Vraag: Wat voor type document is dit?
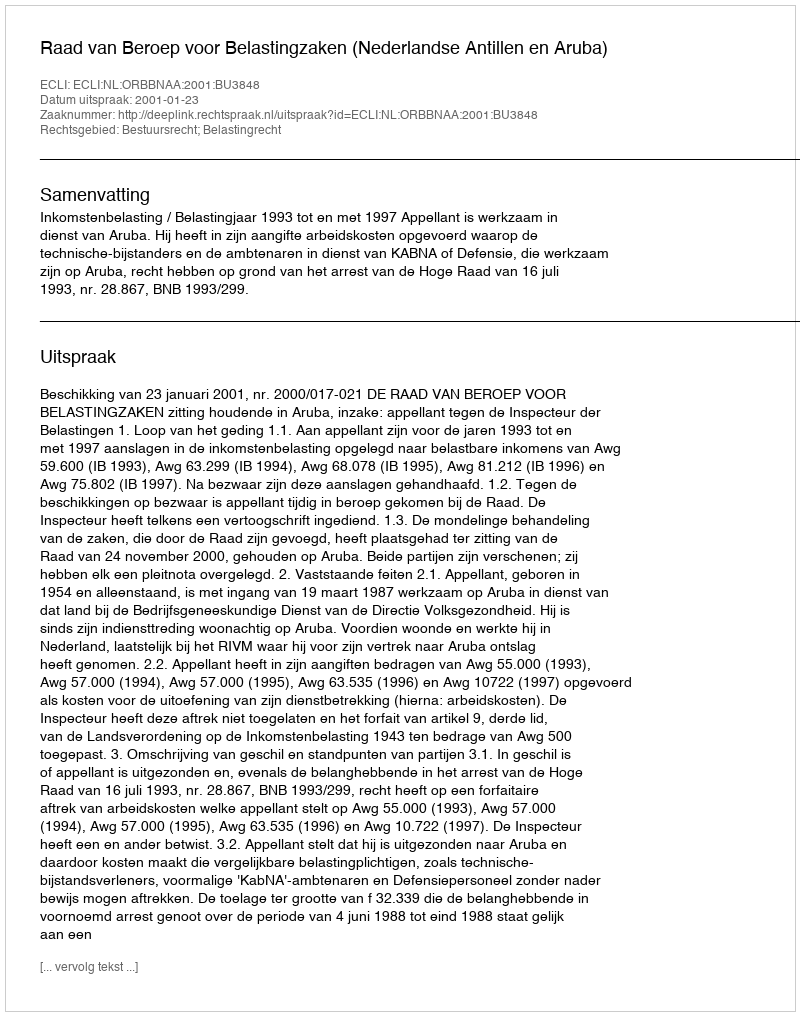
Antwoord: Uitspraak